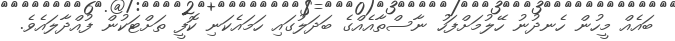
ބައެއް މީހުން ހެނދުނު ހޭލުމަށްފަހު ނާސްތާއެއްގެ ބަދަލުގައި ހަމައެކަނި ކޮފީ ތަށްޓަކުން ފުއްދާލައެވެ.